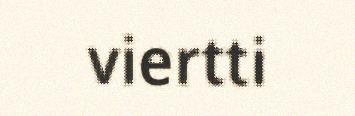
viertti